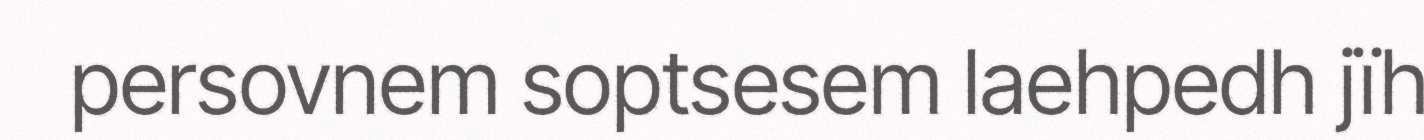
persovnem soptsesem laehpedh jïh